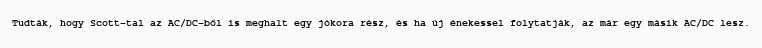
Tudták, hogy Scott-tal az AC/DC-ből is meghalt egy jókora rész, és ha új énekessel folytatják, az már egy másik AC/DC lesz.